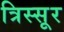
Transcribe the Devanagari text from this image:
त्रिस्सूर